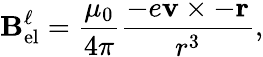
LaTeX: \mathbf{B}_{\mathrm{el}}^{\ell}={\frac{\mu_{0}}{4\pi}}{\frac{-e\mathbf{v}\times-\mathbf{r}}{r^{3}}},